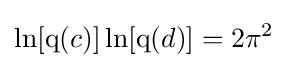
\ln[\operatorname {q} (c)]\ln[\operatorname {q} (d)]=2\pi ^{2}